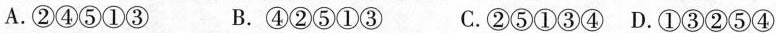
A.②④⑤①③ B.④②⑤①③ C.②⑤①③④ D.①③②⑤④